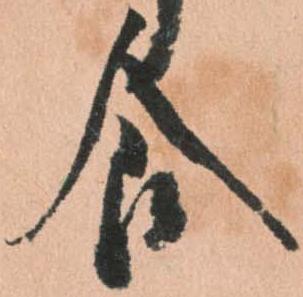
食